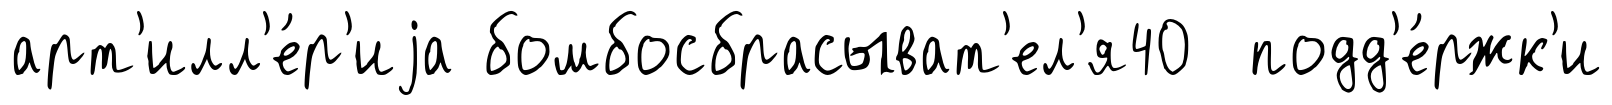
арт'илл'е́р'иjа бомбосбрасыват'ел'я40 подд'е́ржк'и